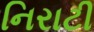
નિરાટી